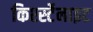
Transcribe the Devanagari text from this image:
किर्श्स्टेनाइट